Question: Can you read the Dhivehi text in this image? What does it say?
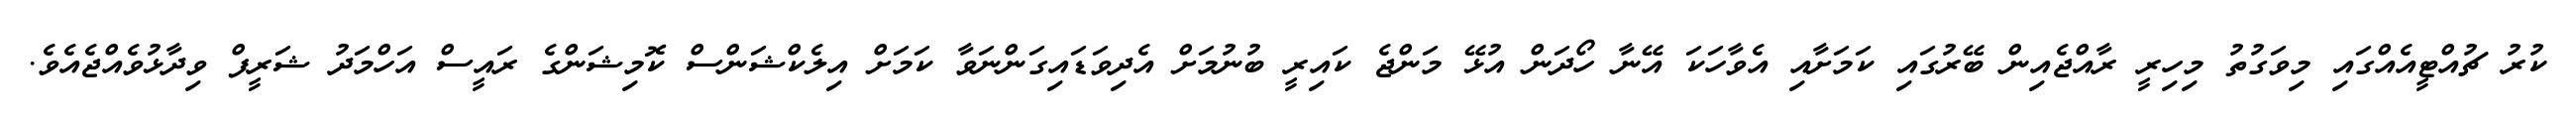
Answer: ކުރު ޗުއްޓީއެއްގައި މިވަގުތު މިހިރީ ރާއްޖެއިން ބޭރުގައި ކަމަށާއި އެވާހަކަ އޭނާ ހޯދަން އުޅޭ މަންޖެ ކައިރީ ބުނުމަށް އެދިވަޑައިގަންނަވާ ކަމަށް އިލެކްޝަންސް ކޮމިޝަންގެ ރައީސް އަހްމަދު ޝަރީފް ވިދާޅުވެއްޖެއެވެ.